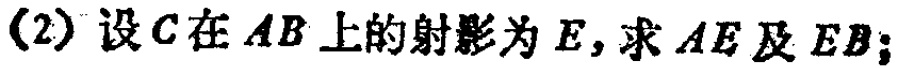
(2) 设\(C\)在\(AB\)上的射影为\(E\)，求\(AE\)及\(EB\)；